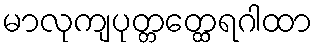
မာလုကျပုတ္တတ္ထေရဂါထာ